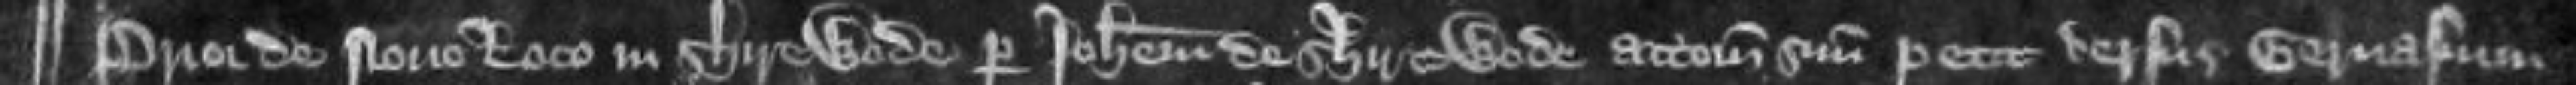
Prior de Novo Loco in Shirewode per Johannem de Shir e wode attornatu m suum petit versus Gervasium